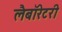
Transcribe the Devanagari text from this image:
लैबॉरेटरी